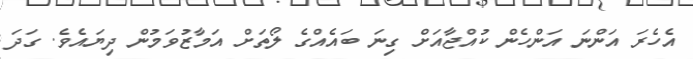
އެހެރަ އަންނަ އަންހެން ކުއްޖާއަށް ގިނަ ބައެއްގެ ލޯތަށް އަމާޒުވަމުން ދިޔައެވެ. ގަދަ